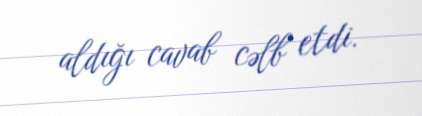
aldığı cavab cəlb etdi.